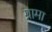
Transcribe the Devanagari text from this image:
ग्रामा